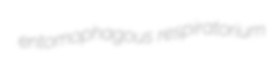
entomophagous respiratorium